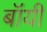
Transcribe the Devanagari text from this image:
बॉंयी